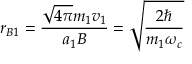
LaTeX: r _ { B 1 } = { \frac { { \sqrt { 4 \pi } } m _ { 1 } v _ { 1 } } { a _ { 1 } B } } = { \sqrt { \frac { 2 \hbar } { m _ { 1 } \omega _ { c } } } }